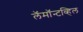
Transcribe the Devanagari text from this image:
लॅमॉन्टव्हिल